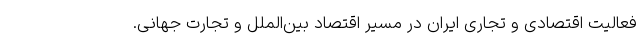
فعالیت اقتصادی و تجاری ایران در مسیر اقتصاد بین‌الملل و تجارت جهانی.